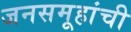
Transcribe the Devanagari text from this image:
जनसमूहांची